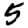
Digit: 5